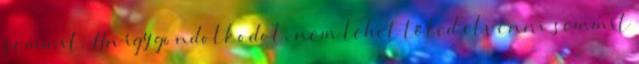
semmit. Ha így gondolkodol, nem lehet tőled elvenni semmit